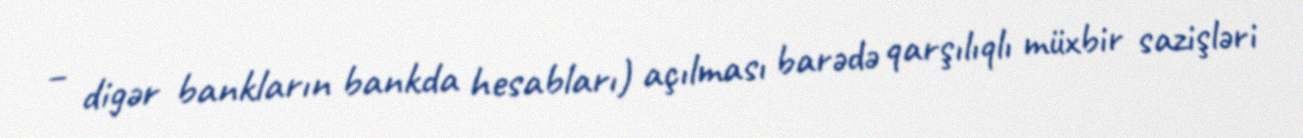
– digər bankların bankda hesabları) açılması barədə qarşılıqlı müxbir sazişləri